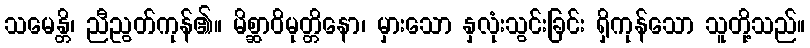
သမေန္တိ၊ ညီညွတ်ကုန်၏။ မိစ္ဆာဝိမုတ္တိနော၊ မှားသော နှလုံးသွင်းခြင်း ရှိကုန်သော သူတို့သည်။